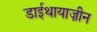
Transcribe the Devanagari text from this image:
डाईथायाज़ीन